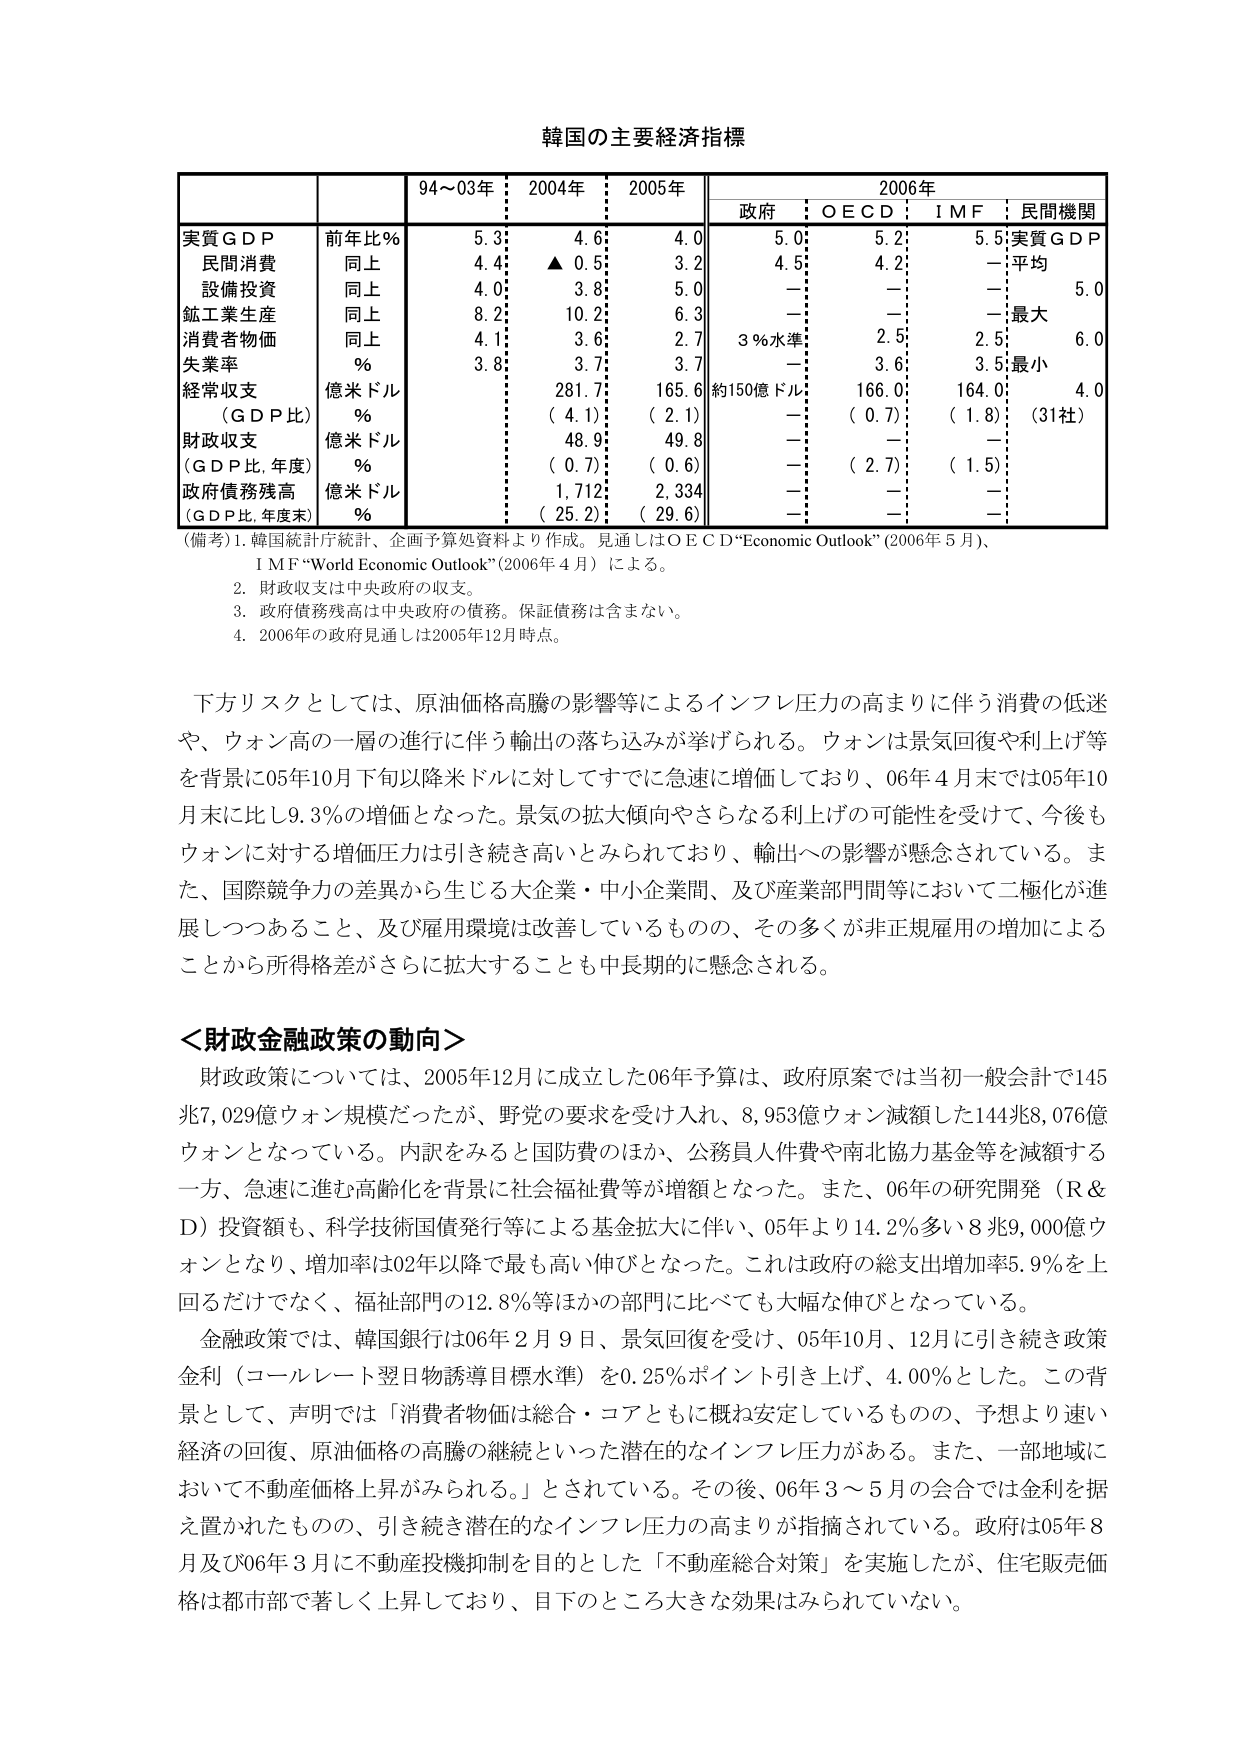
韓国の主要経済指標

| | | 94～03年 | 2004年 | 2005年 | 2006年 |
|---|---|---|---|---|---|
| | | | | | 政府 | OECD | IMF | 民間機関 |
| 実質ＧＤＰ | 前年比％ | 5.3 | 4.6 | 4.0 | 5.0 | 5.2 | 5.5 | 実質ＧＤＰ |
| 民間消費 | 同上 | 4.4 | ▲ 0.5 | 3.2 | 4.5 | 4.2 | — | 平均 |
| 設備投資 | 同上 | 4.0 | 3.8 | 5.0 | — | — | — | 5.0 |
| 鉱工業生産 | 同上 | 8.2 | 10.2 | 6.3 | — | — | — | 最大 |
| 消費者物価 | 同上 | 4.1 | 3.6 | 2.7 | 3％水準 | 2.5 | 2.5 | 6.0 |
| 失業率 | ％ | 3.8 | 3.7 | 3.7 | — | 3.6 | 3.5 | 最小 |
| 経常収支 | 億米ドル | | 281.7 | 165.6 | 約150億ドル | 166.0 | 164.0 | 4.0 |
| （ＧＤＰ比） | ％ | | （4.1） | （2.1） | — | （0.7） | （1.8） | （31社） |
| 財政収支 | 億米ドル | | 48.9 | 49.8 | — | — | — | |
| （ＧＤＰ比，年度） | ％ | | （0.7） | （0.6） | — | （2.7） | （1.5） | |
| 政府債務残高 | 億米ドル | | 1,712 | 2,334 | — | — | — | |
| （ＧＤＰ比，年度末） | ％ | | （25.2） | （29.6） | — | — | — | |

（備考）1. 韓国統計庁統計、企画予算処資料より作成。見通しはＯＥＣＤ“Economic Outlook”（2006年5月）、ＩＭＦ“World Economic Outlook”（2006年4月）による。
2. 財政収支は中央政府の収支。
3. 政府債務残高は中央政府の債務。保証債務は含まない。
4. 2006年の政府見通しは2005年12月時点。

下方リスクとしては、原油価格高騰の影響等によるインフレ圧力の高まりに伴う消費の低迷や、ウォン高の一層の進行に伴う輸出の落ち込みが挙げられる。ウォンは景気回復や利上げ等を背景に05年10月下旬以降米ドルに対してすでに急速に増価しており、06年4月末では05年10月末に比し9.3％の増価となった。景気の拡大傾向やさらなる利上げの可能性を受けて、今後もウォンに対する増価圧力は引き続き高いとみられており、輸出への影響が懸念されている。また、国際競争力の差異から生じる大企業・中小企業間、及び産業部門間等において二極化が進展しつつあること、及び雇用環境は改善しているものの、その多くが非正規雇用の増加によることがから所得格差がさらに拡大することも中長期的に懸念される。

＜財政金融政策の動向＞
財政政策については、2005年12月に成立した06年予算は、政府原案では当初一般会計で145兆7,029億ウォン規模だったが、野党の要求を受け入れ、8,953億ウォン減額した144兆8,076億ウォンとなっている。内訳をみると国防費のほか、公務員人件費や南北協力基金等を減額する一方、急速に進む高齢化を背景に社会福祉費等が増額となった。また、06年の研究開発（R&D）投資額も、科学技術国債発行等による基金拡大に伴い、05年より14.2％多い8兆9,000億ウォンとなり、増加率は02年以降で最も高い伸びとなった。これは政府の総支出増加率5.9％を上回るだけでなく、福祉部門の12.8％等ほかの部門に比べても大幅な伸びとなっている。

金融政策では、韓国銀行は06年2月9日、景気回復を受け、05年10月、12月に引き続き政策金利（コールレート翌日物誘導目標水準）を0.25％ポイント引き上げ、4.00％とした。この背景として、声明では「消費者物価は総合・コアともに概ね安定しているものの、予想より速い経済の回復、原油価格の高騰の継続といった潜在的なインフレ圧力がある。また、一部地域において不動産価格上昇がみられる。」とされている。その後、06年3～5月の会合では金利を据え置かれたものの、引き続き潜在的なインフレ圧力の高まりが指摘されている。政府は05年8月及び06年3月に不動産投機抑制を目的とした「不動産総合対策」を実施したが、住宅販売価格は都市部で著しく上昇しており、目下のところ大きな効果はみられていない。